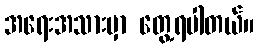
အရေးအသားမှာ တွေ့ရပါတယ်။